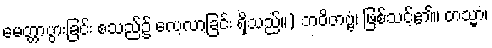
မေတ္တာပွားခြင်း စသည်၌ လေ့လာခြင်း ရှိသည်။) ဘဝိတဗ္ဗံ၊ ဖြစ်သင့်၏။ တသ္မာ၊